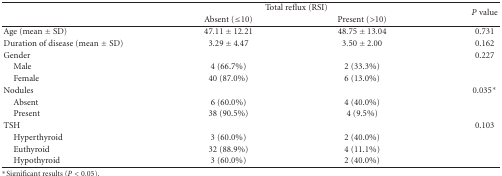
|  | <COLSPAN=2> Total reflux (RSI) | <ROWSPAN=2> P value |
 |  | Absent (≤10) | Present (>10) |
 | --- | --- | --- | --- |
 | Age (mean ± SD) | 47.11 ± 12.21 | 48.75 ± 13.04 | 0.731 |
 | Duration of disease (mean ± SD) | 3.29 ± 4.47 | 3.50 ± 2.00 | 0.162 |
 | Gender |  |  | 0.227 |
 | Male | 4 (66.7%) | 2 (33.3%) |  |
 | Female | 40 (87.0%) | 6 (13.0%) |  |
 | Nodules |  |  | 0.035* |
 | Absent | 6 (60.0%) | 4 (40.0%) |  |
 | Present | 38 (90.5%) | 4 (9.5%) |  |
 | TSH |  |  | 0.103 |
 | Hyperthyroid | 3 (60.0%) | 2 (40.0%) |  |
 | Euthyroid | 32 (88.9%) | 4 (11.1%) |  |
 | Hypothyroid | 3 (60.0%) | 2 (40.0%) |  |